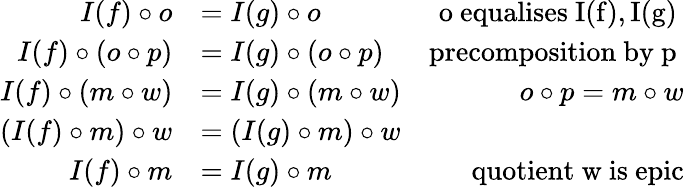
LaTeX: \begin{array}{rlr}{I(f)\circ o}&{=I(g)\circ o}&{\mathrm{~o~equalises~I(f),I(g)~}}\\ {I(f)\circ(o\circ p)}&{=I(g)\circ(o\circ p)}&{\mathrm{precomposition~by~p~}}\\ {I(f)\circ(m\circ w)}&{=I(g)\circ(m\circ w)}&{o\circ p=m\circ w}\\ {(I(f)\circ m)\circ w}&{=(I(g)\circ m)\circ w}\\ {I(f)\circ m}&{=I(g)\circ m}&{\mathrm{quotient~w~is~epic}}\end{array}